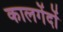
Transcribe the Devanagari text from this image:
कालगेंदों